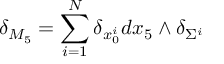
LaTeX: \delta _ { M _ { 5 } } = \sum _ { i = 1 } ^ { N } \delta _ { x _ { 0 } ^ { i } } d x _ { 5 } \wedge \delta _ { \Sigma ^ { i } }